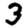
Digit: 3